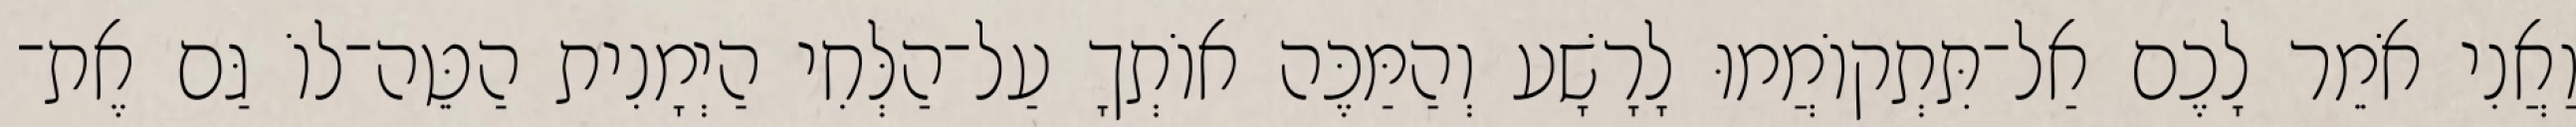
וַאֲנִי אֹמֵר לָכֶם אַל־תִּתְקוֹמֲמוּ לָרָשָׁע וְהַמַּכֶּה אוֹתְךָ עַל־הַלְּחִי הַיְמָנִית הַטֵּה־לוֹ גַּם אֶת־